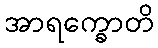
အာရက္ခောတိ